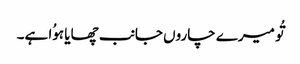
تُو میرے چاروں جانب چھایا ہوُا ہے۔